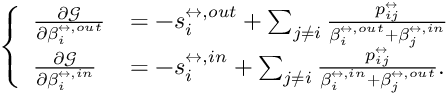
\left\{ \begin{array} { l l } { \frac { \partial \mathcal { G } } { \partial \beta _ { i } ^ { \leftrightarrow , o u t } } } & { = - s _ { i } ^ { \leftrightarrow , o u t } + \sum _ { j \neq i } \frac { p _ { i j } ^ { \leftrightarrow } } { \beta _ { i } ^ { \leftrightarrow , o u t } + \beta _ { j } ^ { \leftrightarrow , i n } } } \\ { \frac { \partial \mathcal { G } } { \partial \beta _ { i } ^ { \leftrightarrow , i n } } } & { = - s _ { i } ^ { \leftrightarrow , i n } + \sum _ { j \neq i } \frac { p _ { i j } ^ { \leftrightarrow } } { \beta _ { i } ^ { \leftrightarrow , i n } + \beta _ { j } ^ { \leftrightarrow , o u t } } . } \end{array} \right.